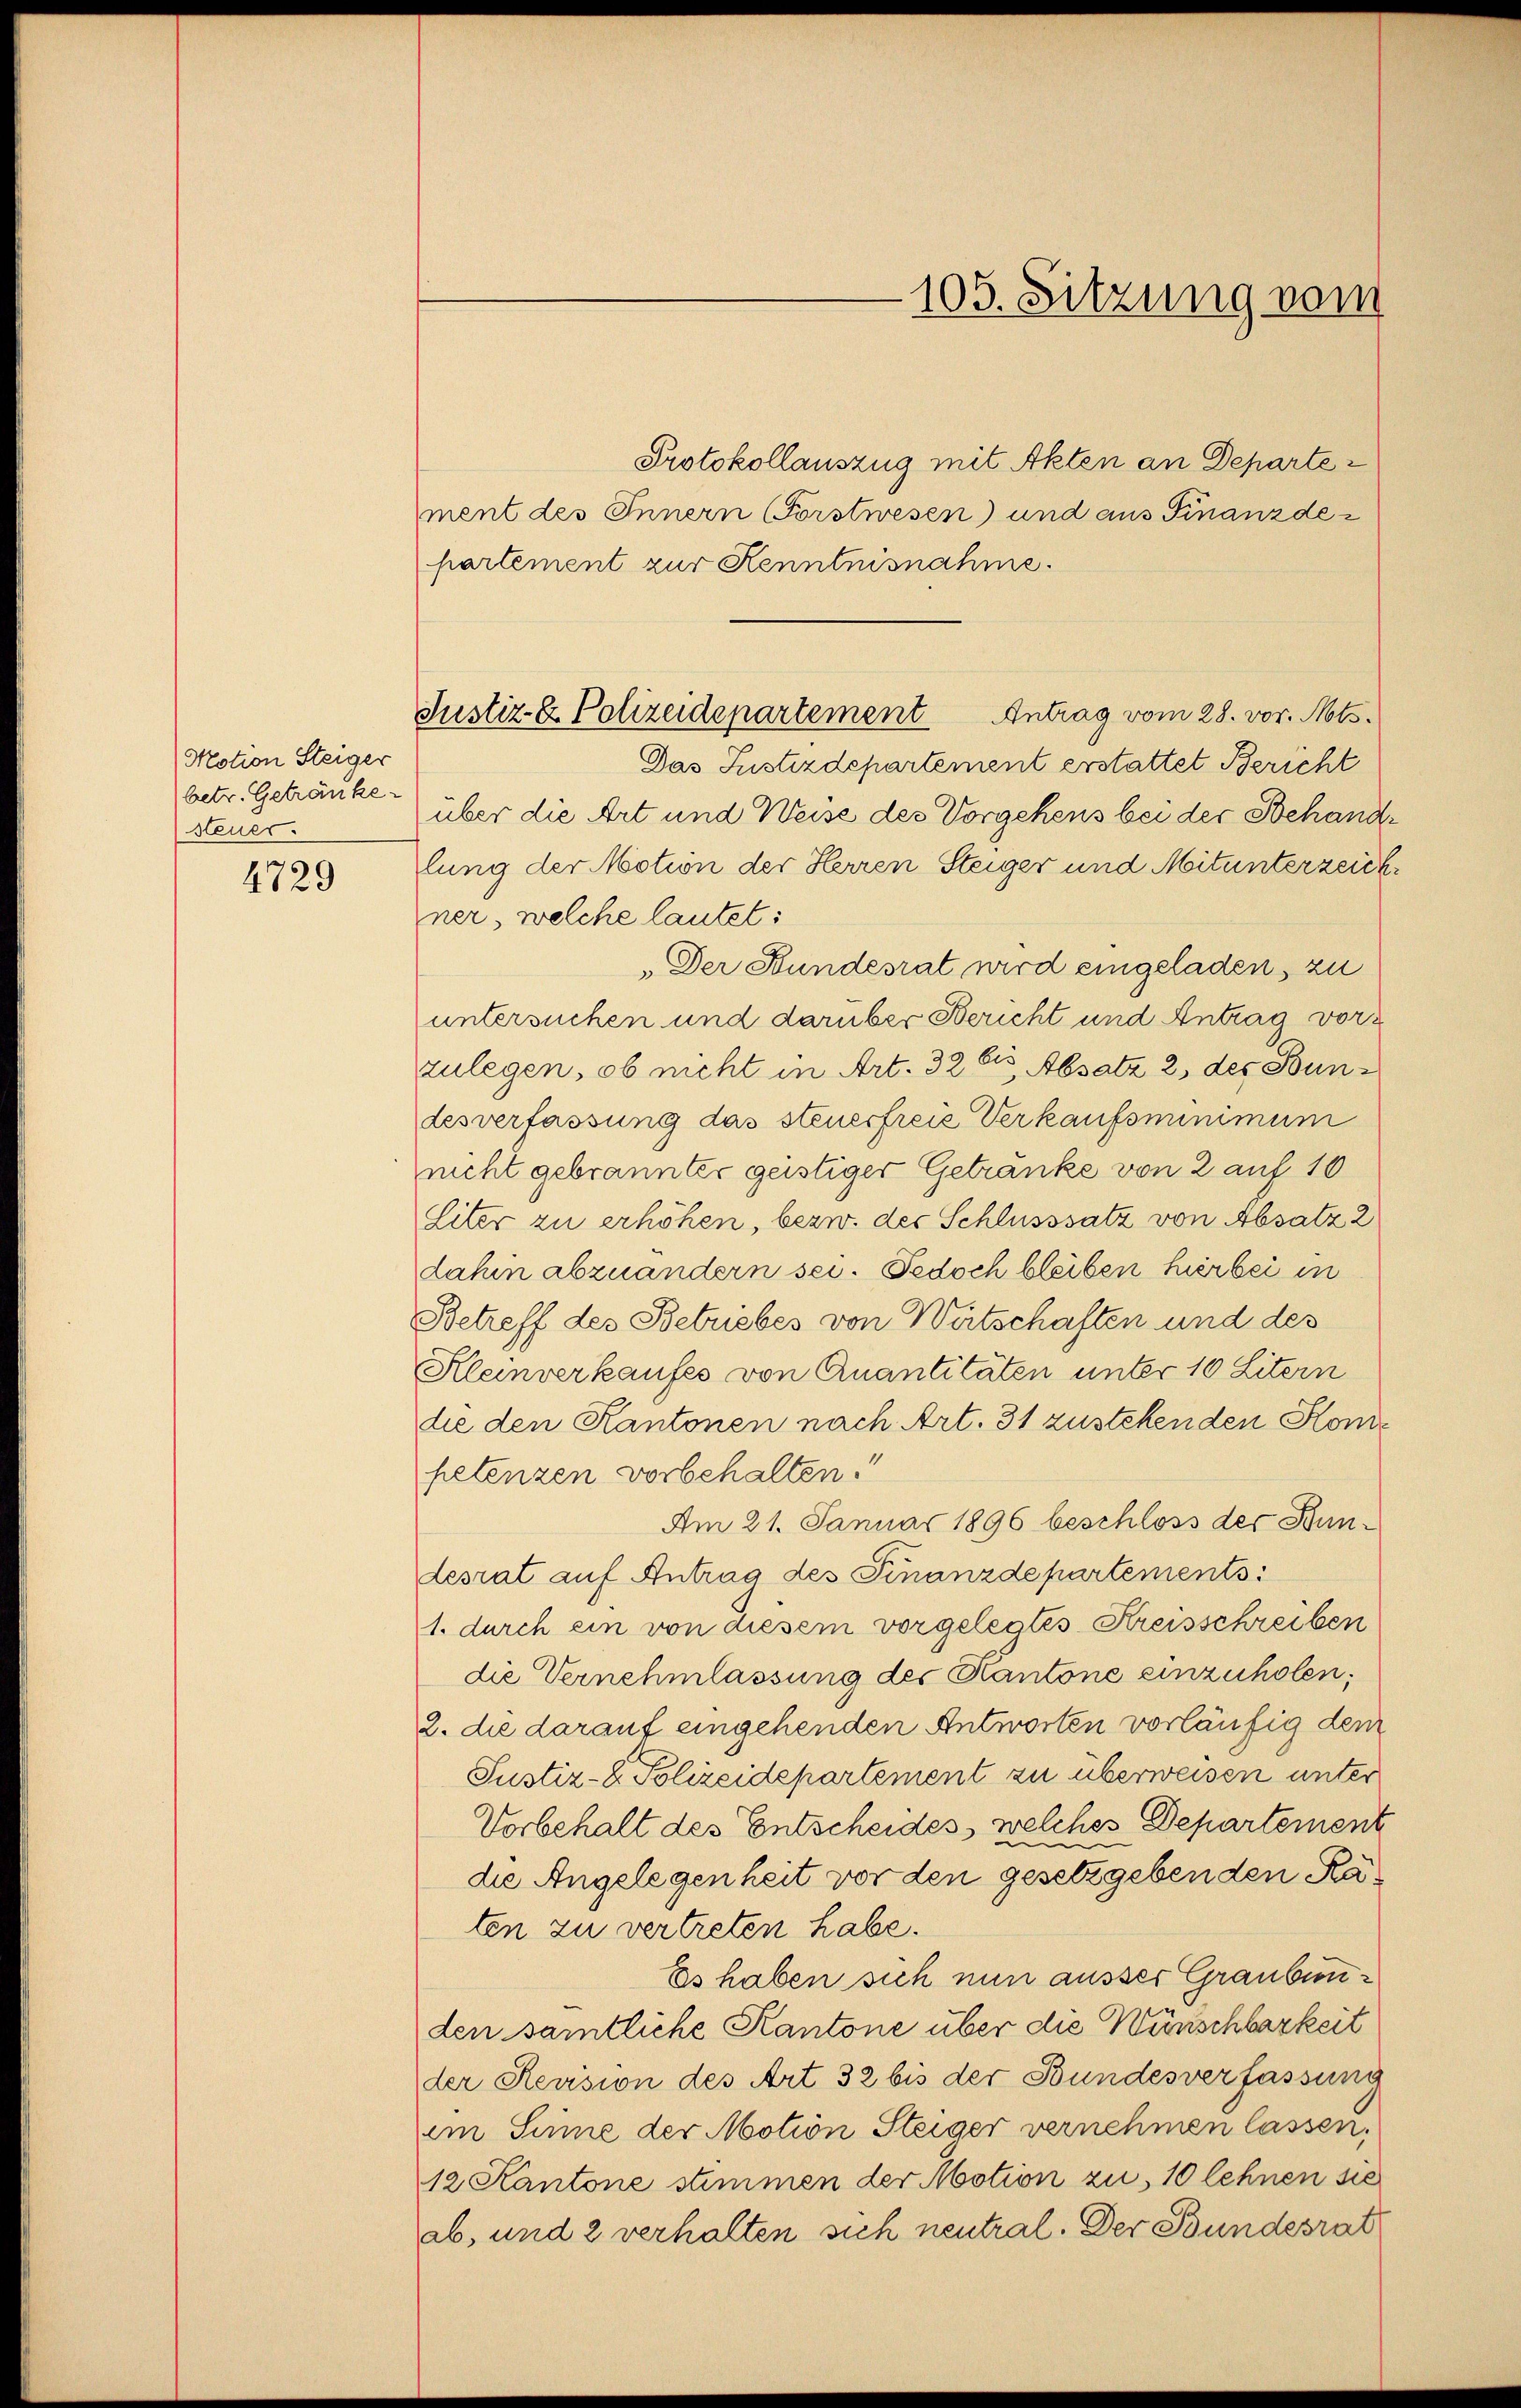
Motion Steiger
betr. Getränke
steuer.
4729

Justiz- & Polizeidepartement Antrag vom 28. vor. Mts.
Das Justizdepartement erstattet Bericht

105. Sitzung vom

Protokollauszug mit Akten an Departe
ment des Innern (Forstwesen) und aus Finanzde
partement zur Kenntnisnahme.
über die Art und Weise des Vorgehens bei der Behandlung der Motion der Herren Steiger und Mitunterzeich
ner, welche lautet:
„Der Bundesrat wird eingeladen, zu
untersuchen und darüber Bericht und Antrag vorzulegen, ob nicht in Art. 32 bis Absatz 2 des Bundesverfassung das steuerfreie Verkaufsminimum
nicht gebrannter geistiger Getränke von 2 auf 10
Siter zu erhöhen, bezw. der Schlusssatz von Absatz 2
dahin abzuändern sei. Jedoch bleiben hierbei in
Betreff des Betriebes von Wertschaften und des
Kleinverkaufes von Quantitäten unter 10 Litern
die den Kantonen nach Art. 31 zustehenden Kompetenzen vorbehalten.
Am 21. Januar 1896 beschloss der Bundesrat auf Antrag des Finanzdepartements
1. durch ein von diesem vorgelegtes Kreisschreiben
die Vernehmlassung des Kantone einzuholen;
2. die darauf eingehenden Antworten vorläufig dem
Justiz- & Polizeidepartement zu überweisen unter
Vorbehalt des Entscheides, welches Departement
e
die Angelegenheit vor den gesetzgebenden Raten zu vertreten habe.
Es haben sich nun ausser Graubieden samtliche Kantone über die Wünschbarkeit
der Reusion des Art 32 bis der Bundesverfassung
im Sinne der Motion Steiger vernehmen lassen,
12 Kantone stimmen der Motion zu, 10 lehnen sie
ab, und 2 verhalten sich neutral. Der Bundesrat